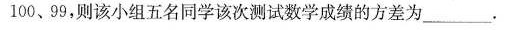
100、99，则该小组五名同学该次测试数学成绩的方差为___。